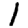
Digit: 1